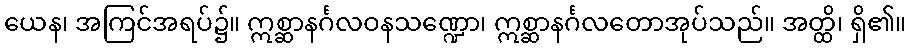
ယေန၊ အကြင်အရပ်၌။ ဣစ္ဆာနင်္ဂလဝနသဏ္ဍော၊ ဣစ္ဆာနင်္ဂလတောအုပ်သည်။ အတ္ထိ၊ ရှိ၏။